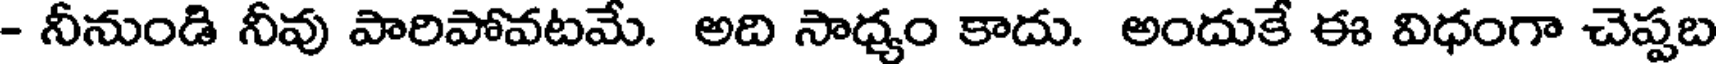
- నీనుండి నీవు పారిపోవటమే. అది సాధ్యం కాదు. అందుకే ఈ విధంగా చెప్పబ